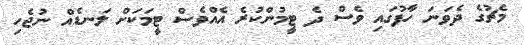
މެޗުގެ ދެވަނަ ހާފުގައި ވެސް ދެ ޓީމުންކުރެ އެއްވެސް ޓީމަކަށް ލަނޑެއް ނުޖެހި